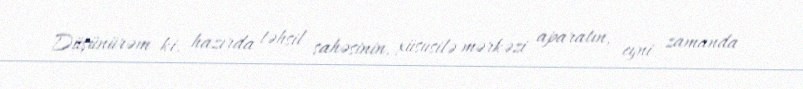
Düşünürəm ki, hazırda təhsil sahəsinin, xüsusilə mərkəzi aparatın, eyni zamanda